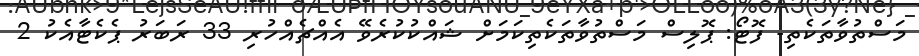
މަސްތުވާތަކެތި- ފޮޓޯ: ޕޮލިސް މަސްތުވާތަކެތިކަމަށް ޝައްކުކުރެވޭ އެއްޗެއްހުރި 33 ރަބަރު ޕެކެޓާއެކު 2